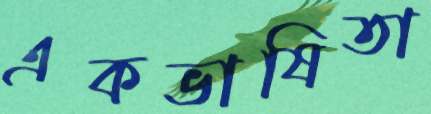
একভাষিতা